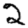
Digit: 2